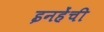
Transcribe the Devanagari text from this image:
इनहेंची